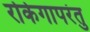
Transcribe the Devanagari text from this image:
रोकेगापरंतु